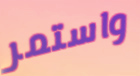
واستمر